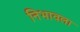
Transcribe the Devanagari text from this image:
निभावला